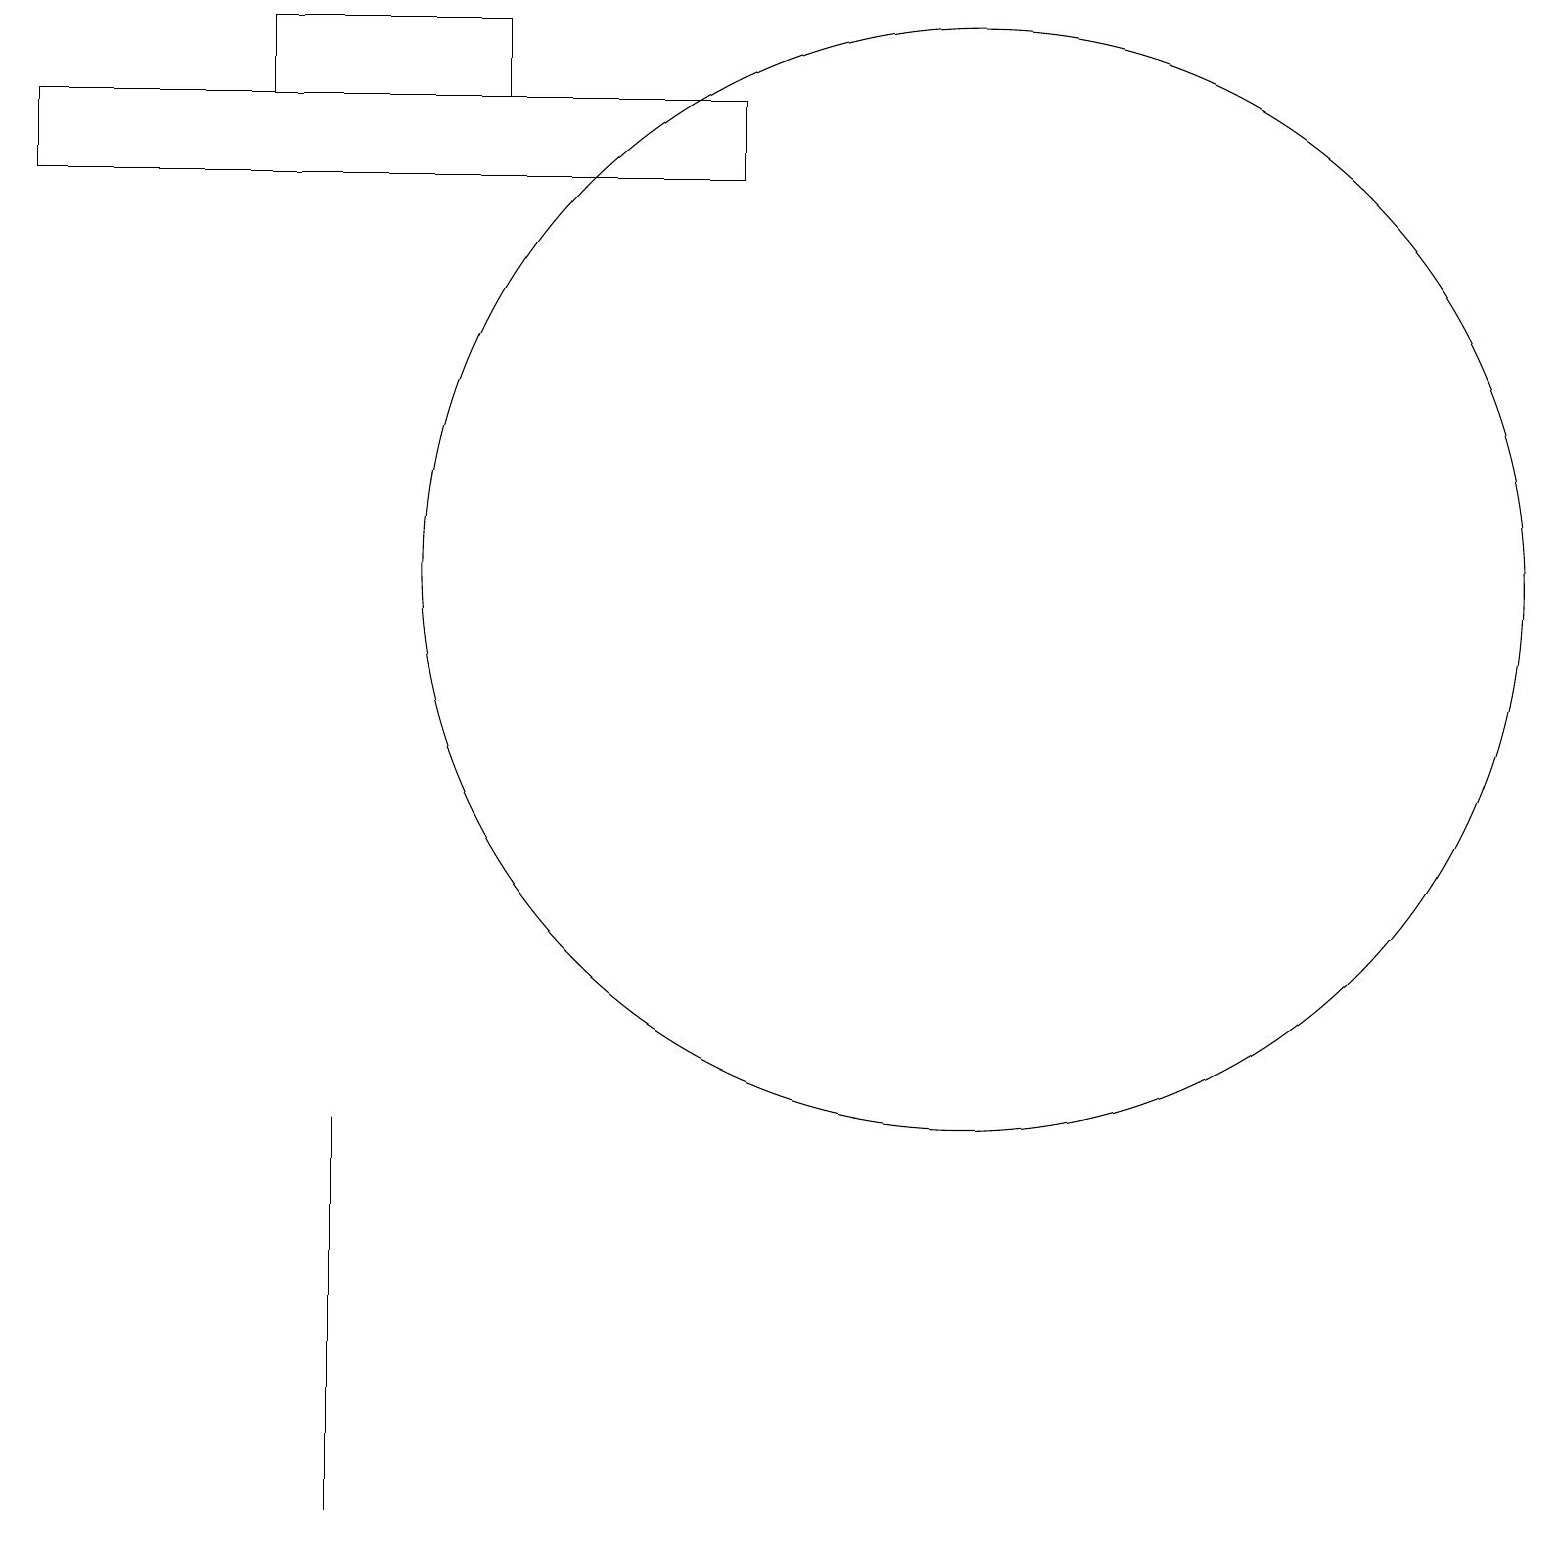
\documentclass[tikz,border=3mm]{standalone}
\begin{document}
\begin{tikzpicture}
\draw (0,18) rectangle (9,17);
\draw (12,12) circle (7);
\draw (4,1) -- (4,0) -- (4,5) -- cycle;
\draw (3,19) rectangle (6,18);
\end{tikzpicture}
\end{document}